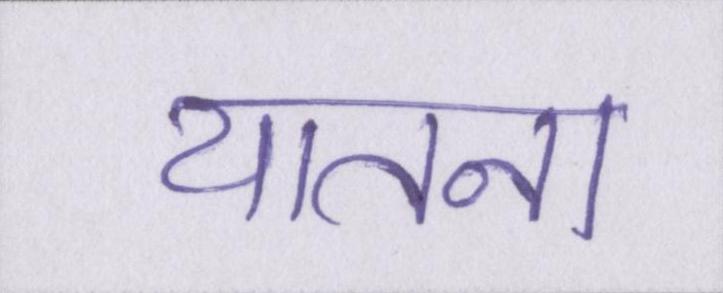
यातना